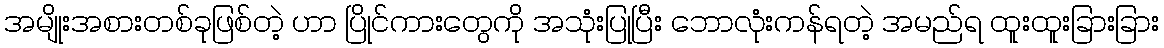
အမျိုးအစားတစ်ခုဖြစ်တဲ့ ဟာ ပြိုင်ကားတွေကို အသုံးပြုပြီး ဘောလုံးကန်ရတဲ့ အမည်ရ ထူးထူးခြားခြား